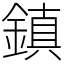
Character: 鎮